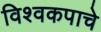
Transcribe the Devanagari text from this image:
विश्वकपाचे